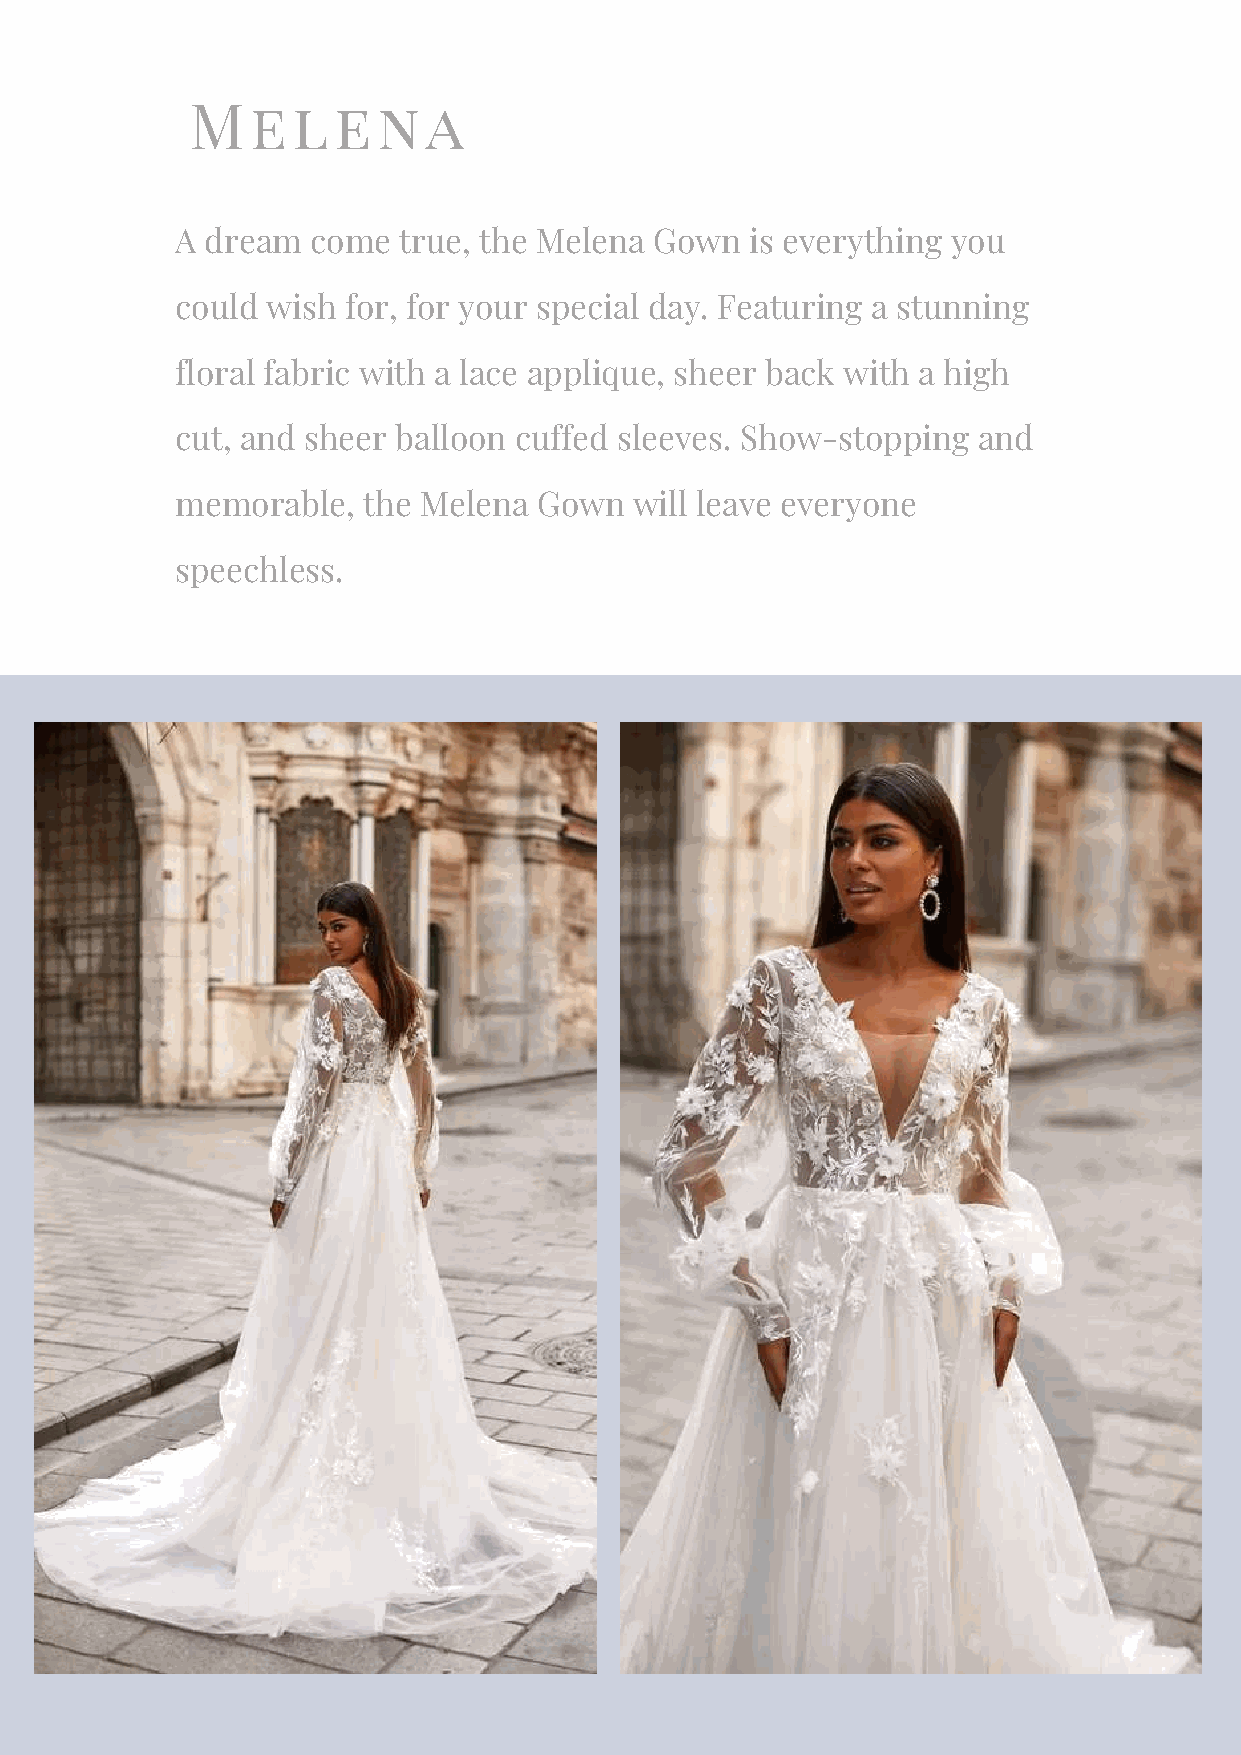
Melena
 A dream  come true, the Melena Gown   is everything you
 could wish for, for your special day. Featuring a stunning
 floral fabric with a lace applique, sheer back with a high
 cut, and sheer balloon cuffed sleeves. Show-stopping and
 memorable,  the Melena  Gown  will leave everyone
 speechless.